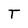
Character: T